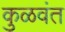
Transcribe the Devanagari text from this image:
कुळवंत